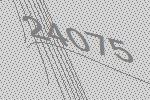
24075